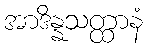
အာဒိန္နသတ္ထာနံ